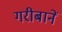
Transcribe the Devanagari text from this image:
गरीबानें